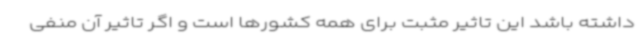
داشته باشد این تاثیر مثبت برای همه کشورها است و اگر تاثیر آن منفی